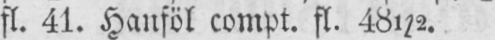
fl. 41. Hanföl compt. fl. 48½.